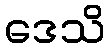
ဒေသိ